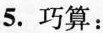
5.巧算：